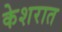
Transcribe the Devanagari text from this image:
केशरात